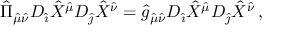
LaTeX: { \hat { \Pi } } _ { { \hat { \mu } } { \hat { \nu } } } { \cal D } _ { \hat { \imath } } { \hat { X } } ^ { \hat { \mu } } { \cal D } _ { \hat { \jmath } } { \hat { X } } ^ { \hat { \nu } } = { \hat { g } } _ { { \hat { \mu } } { \hat { \nu } } } D _ { \hat { \imath } } { \hat { X } } ^ { \hat { \mu } } D _ { \hat { \jmath } } { \hat { X } } ^ { \hat { \nu } } \, ,